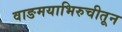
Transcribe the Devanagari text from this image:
वाङमयाभिरुचीतून